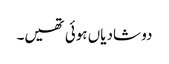
دو شادیاں ہوئی تھیں۔